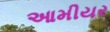
આમીયર